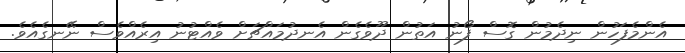
އެންމެފަހުން ނިދެމުން ގޮސް ފޯނު އަތުން ދޫވެގެން އެނދުމައްޗަށް ވެއްޓުނު އިރެއްވެސް ނޭނގެއެވެ.